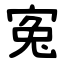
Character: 寃